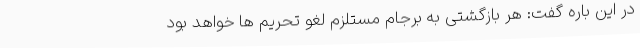
در این باره گفت: هر بازگشتی به برجام مستلزم لغو تحریم ها خواهد بود